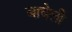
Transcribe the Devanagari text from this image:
बाघेली